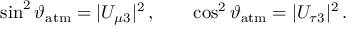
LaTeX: \sin ^ { 2 } \vartheta _ { \mathrm { a t m } } = | U _ { \mu 3 } | ^ { 2 } \, , \qquad \cos ^ { 2 } \vartheta _ { \mathrm { a t m } } = | U _ { \tau 3 } | ^ { 2 } \, .